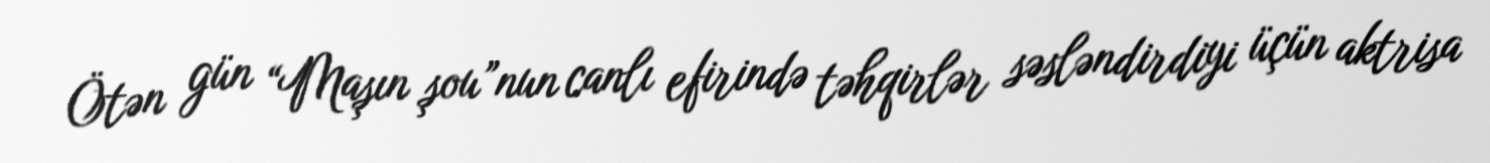
Ötən gün “Maşın şou”nun canlı efirində təhqirlər səsləndirdiyi üçün aktrisa